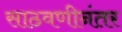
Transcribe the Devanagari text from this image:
साठवणीनंतर